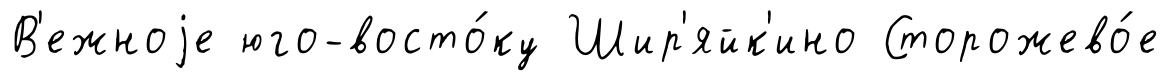
В'ежноjе юго-восто́ку Шир'яйк'ино Сторожево́е